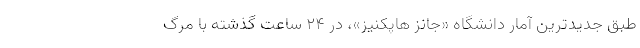
طبق جدیدترین آمار دانشگاه «جانز هاپکنیز»، در ۲۴ ساعت گذشته با مرگ